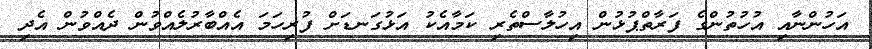
އަހުންނާއި އުހުތުންގެ ފަރާތްޕުޅުން އިހުލާސްތެރި ކަމާއެކު އަޅުގަނޑަށް ފުރިހަމަ އެއްބާރުލެއްވުން ދެއްވުން އެދި